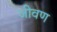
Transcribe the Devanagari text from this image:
जीवण